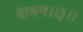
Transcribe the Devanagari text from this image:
वामन।।३।।